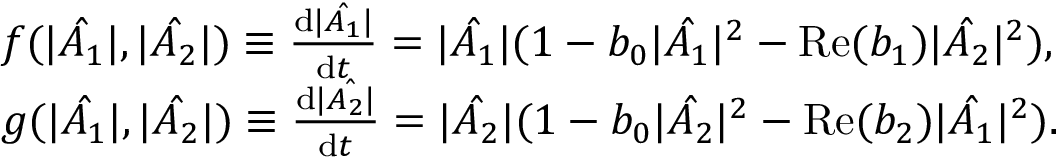
\begin{array} { r l } & { f ( | \hat { A _ { 1 } } | , | \hat { A _ { 2 } } | ) \equiv \frac { \mathrm { d } | \hat { A _ { 1 } } | } { \mathrm { d } t } = | \hat { A _ { 1 } } | ( 1 - b _ { 0 } | \hat { A _ { 1 } } | ^ { 2 } - \mathrm { R e } ( b _ { 1 } ) | \hat { A _ { 2 } } | ^ { 2 } ) , } \\ & { g ( | \hat { A _ { 1 } } | , | \hat { A _ { 2 } } | ) \equiv \frac { \mathrm { d } | \hat { A _ { 2 } | } } { \mathrm { d } t } = | \hat { A _ { 2 } } | ( 1 - b _ { 0 } | \hat { A _ { 2 } } | ^ { 2 } - \mathrm { R e } ( b _ { 2 } ) | \hat { A _ { 1 } } | ^ { 2 } ) . } \end{array}